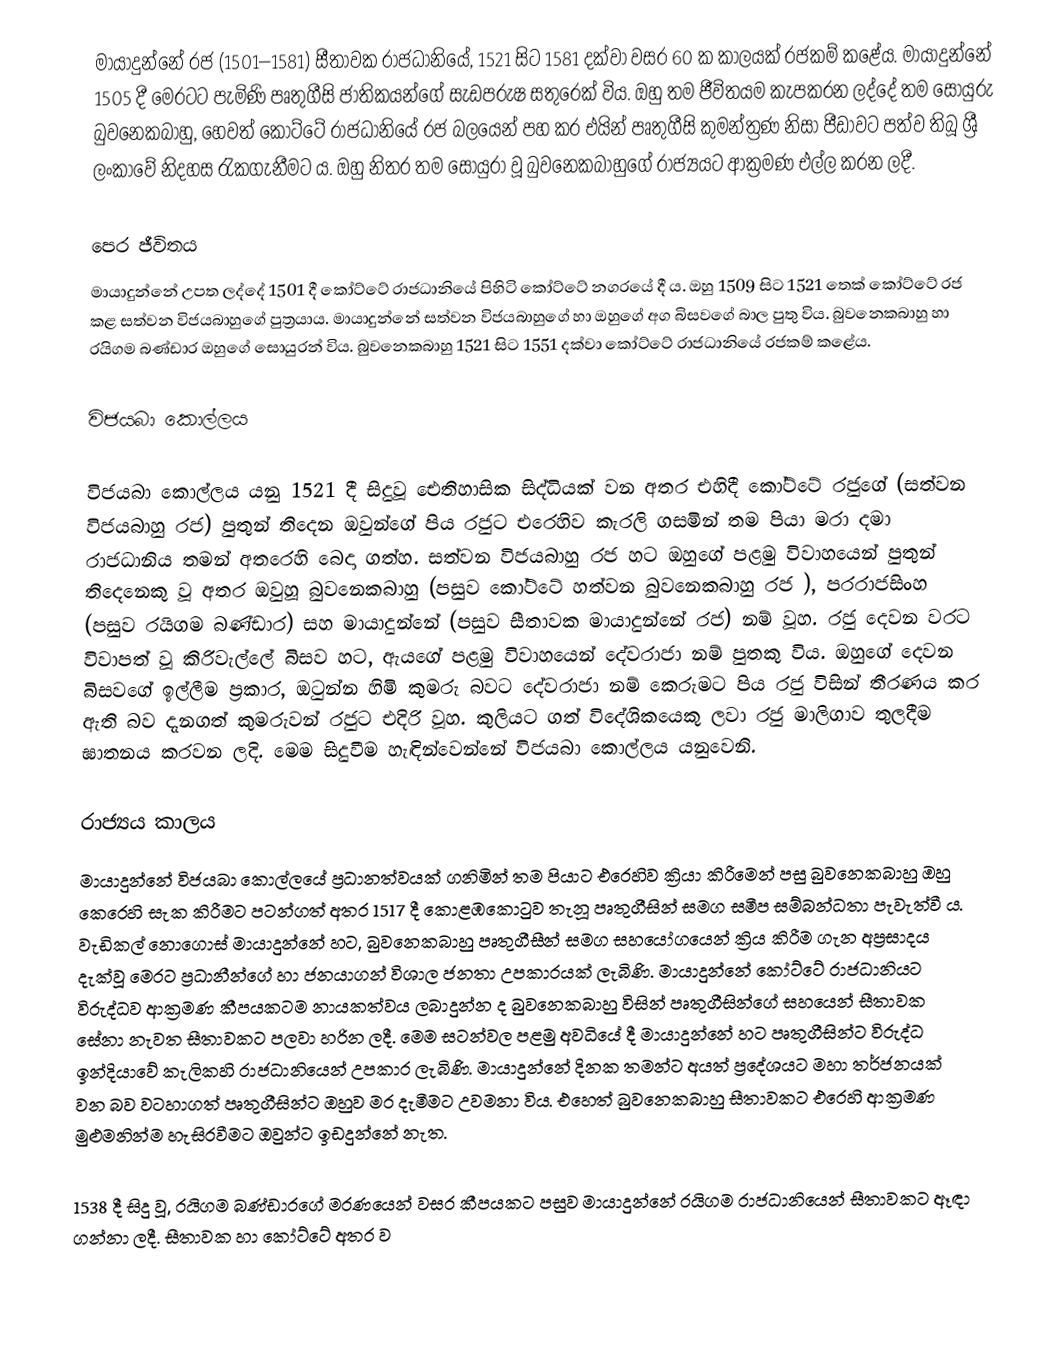
මායාදුන්නේ රජ  (1501–1581) සීතාවක රාජධානියේ, 1521 සිට 1581 දක්වා වසර 60 ක කාලයක් රජකම් කළේය. මායාදුන්නේ 1505 දී මෙරටට පැමිණි පෘතුගීසි ජාතිකයන්ගේ සැඩපරුෂ සතුරෙක් විය. ඔහු තම ජීවිතයම කැපකරන ලද්දේ තම සොයුරු බුවනෙකබාහු, හෙවත් කෝට්ටේ රාජධානියේ රජ බලයෙන් පහ කර එයින් පෘතුගීසි කුමන්ත්‍රණ නිසා පීඩාවට පත්ව තිබූ ශ්‍රී ලංකාවේ නිදහස රැකගැනීමට ය. ඔහු නිතර තම සොයුරා වූ බුවනෙකබාහුගේ රාජ්‍යයට ආක්‍රමණ එල්ල කරන ලදී.

පෙර ජීවිතය
මායාදුන්නේ උපත ලද්දේ 1501 දී කෝට්ටේ රාජධානියේ පිහිටි කෝට්ටේ නගරයේ දී ය. ඔහු 1509 සිට 1521 තෙක් කෝට්ටේ රජ කළ සත්වන විජයබාහුගේ පුත්‍රයාය. මායාදුන්නේ සත්වන විජයබාහුගේ හා ඔහුගේ අග බිසවගේ බාල පුතු විය. බුවනෙකබාහු හා රයිගම බණ්ඩාර ඔහුගේ සොයුරන් විය. බුවනෙකබාහු 1521 සිට 1551 දක්වා කෝට්ටේ රාජධානියේ රජකම් කළේය.

විජයබා කොල්ලය

විජයබා කොල්ලය යනු 1521 දී සිදුවූ ඓතිහාසික සිද්ධියක් වන අතර එහිදී කෝට්ටේ රජුගේ (සත්වන විජයබාහු රජ) පුතුන් තිදෙන ඔවුන්ගේ පිය රජුට එරෙහිව කැරලි ගසමින් තම පියා මරා දමා රාජධානිය තමන් අතරෙහි බෙදා ගත්හ. සත්වන විජයබාහු  රජ හට ඔහුගේ පළමු විවාහයෙන් පුතුන් තිදෙනෙකු වූ අතර ඔවුහූ  බුවනෙකබාහු (පසුව කෝට්ටේ  හත්වන බුවනෙකබාහු රජ ), පරරාජසිංහ (පසුව රයිගම බණ්ඩාර) සහ මායාදුන්නේ (පසුව සීතාවක මායාදුන්නේ රජ) නම් වූහ. රජු දෙවන වරට විවාපත් වූ කිරිවැල්ලේ බිසව හට, ඇයගේ පළමු විවාහයෙන් දේවරාජා නම් පුතකු විය. ඔහුගේ දෙවන බිසවගේ ඉල්ලීම ප්‍රකාර, ඔටුන්න හිමි කුමරු බවට දේවරාජා නම් කෙරුමට පිය රජු විසින් තීරණය කර ඇති බව දැනගත් කුමරුවන් රජුට එදිරි වූහ. කුලියට ගත් විදේශිකයෙකු ලවා රජු මාලිගාව තුලදීම ඝාතනය කරවන ලදි. මෙම සිදුවීම හැඳින්වෙන්නේ විජයබා කොල්ලය යනුවෙනි.

රාජ්‍යය කාලය
මායාදුන්නේ විජයබා කොල්ලයේ ප්‍රධානත්වයක් ගනිමින් තම පියාට එරෙහිව ක්‍රියා කිරීමෙන් පසු බුවනෙකබාහු ඔහු කෙරෙහි සැක කිරීමට පටන්ගත් අතර 1517 දී කොළඹකොටුව තැනූ පෘතුගීසින් සමග සමීප සම්බන්ධතා පැවැත්වී ය. වැඩිකල් නොගොස් මායාදුන්නේ හට, බුවනෙකබාහු පෘතුගීසීන් සමග සහයෝගයෙන් ක්‍රිය කිරීම ගැන අප්‍රසාදය දැක්වූ මෙරට ප්‍රධානීන්ගේ හා ජනයාගන් විශාල ජනතා උපකාරයක් ලැබිණි. මායාදුන්නේ කෝට්ටේ රාජධානියට විරුද්ධව ආක්‍රමණ කීපයකටම නායකත්වය ලබාදුන්න ද බුවනෙකබාහු විසින් පෘතුගීසින්ගේ සහයෙන් සීතාවක සේනා නැවත සීතාවකට පලවා හරින ලදී. මෙම සටන්වල පළමු අවධියේ දී මායාදුන්නේ හට පෘතුගීසින්ට විරුද්ධ ඉන්දියාවේ කැලිකහි රාජධානියෙන් උපකාර ලැබිණි. මායාදුන්නේ දිනක තමන්ට අයත් ප්‍රදේශයට මහා තර්ජනයක් වන බව වටහාගත් පෘතුගීසින්ට ඔහුව මර දැමීමට උවමනා විය. එහෙත් බුවනෙකබාහු සීතාවකට එරෙහි ආක්‍රමණ මුළුමනින්ම හැසිරවීමට ඔවුන්ට ඉඩදුන්නේ නැත.

1538 දී සිදු වූ, රයිගම බණ්ඩාරගේ මරණයෙන් වසර කීපයකට පසුව මායාදුන්නේ රයිගම රාජධානියෙන් සීතාවකට ඈඳා ගන්නා ලදී. සීතාවක හා කෝට්ටේ අතර ව